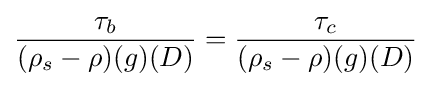
{\frac {\tau _{b}}{(\rho _{s}-\rho )(g)(D)}}={\frac {\tau _{c}}{(\rho _{s}-\rho )(g)(D)}}